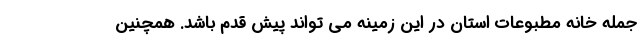
جمله خانه مطبوعات استان در این زمینه می تواند پیش قدم باشد. همچنین